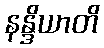
နန္ဒိယာတိ